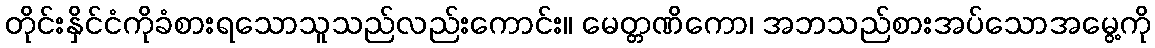
တိုင်းနှိင်ငံကိုခံစားရသောသူသည်လည်းကောင်း။ မေတ္တဏိကော၊ အဘသည်စားအပ်သောအမွေ့ကို